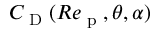
C _ { \textup { D } } ( R e _ { \textup { p } } , \theta , \alpha )